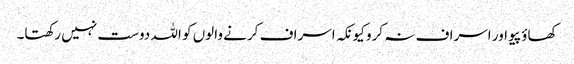
کھاؤ پیو اور اسراف نہ کرو کیونکہ اسراف کرنے والوں کو اللہ دوست نہیں رکھتا۔